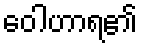
ဝေါဟာရ၏